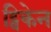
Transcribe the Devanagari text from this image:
ट्विकेन